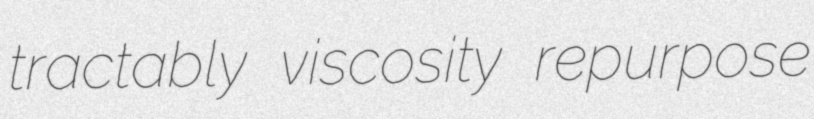
tractably viscosity repurpose